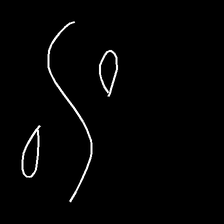
Glyph: water